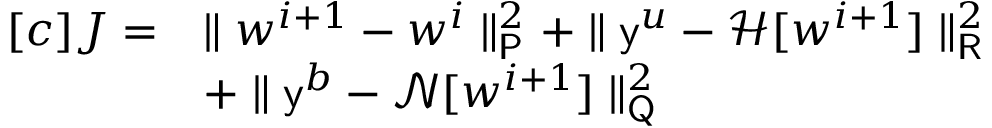
\begin{array} { r l } { [ c ] J = } & { \parallel \boldsymbol { w } ^ { i + 1 } - \boldsymbol { w } ^ { i } \parallel _ { \mathsf { P } } ^ { 2 } + \parallel \mathsf { y } ^ { \boldsymbol { u } } - \mathcal { H } [ \boldsymbol { w } ^ { i + 1 } ] \parallel _ { \mathsf { R } } ^ { 2 } } \\ & { + \parallel \mathsf { y } ^ { \boldsymbol { b } } - \mathcal { N } [ \boldsymbol { w } ^ { i + 1 } ] \parallel _ { \mathsf { Q } } ^ { 2 } } \end{array}